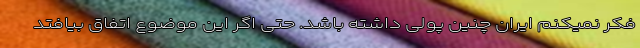
فکر نمیکنم ایران چنین پولی داشته باشد. حتی اگر این موضوع اتفاق بیافتد